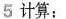
5计算：